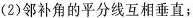
(2)邻补角的平分线互相垂直；